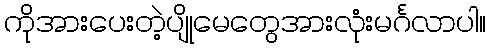
ကိုအားပေးတဲ့ပျိုမေတွေအားလုံးမင်္ဂလာပါ။